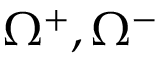
\Omega ^ { + } , \Omega ^ { - }